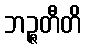
ဘဉ္ဇတီတိ